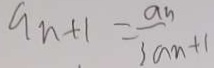
a _ { n + 1 } = \frac { a _ { n } } { 3 a _ { n } + 1 }